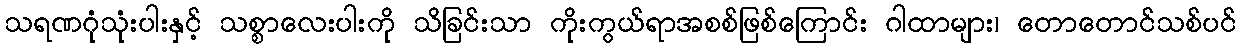
သရဏဂုံသုံးပါးနှင့် သစ္စာလေးပါးကို သိခြင်းသာ ကိုးကွယ်ရာအစစ်ဖြစ်ကြောင်း ဂါထာများ၊ တောတောင်သစ်ပင်